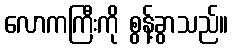
လောကကြီးကို စွန့်ခွာသည်။